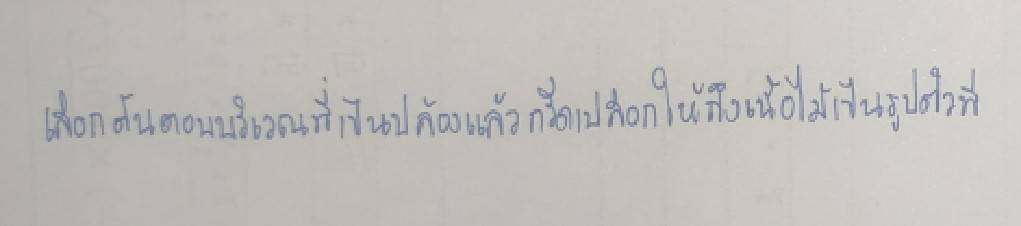
เลือกต้นตอบริเวณที่เป็นปล้องแล้วกรีดเปลือกให้ถึงเนื้อไม้เป็นรูปตัวที